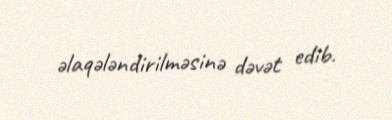
əlaqələndirilməsinə dəvət edib.